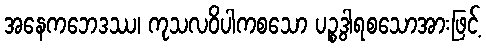
အနေကဘေဒဿ၊ ကုသလဝိပါကစသော ပဉ္စဒွါရစသောအားဖြင့်